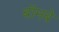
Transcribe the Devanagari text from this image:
बॉमबे